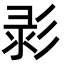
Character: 𢒚